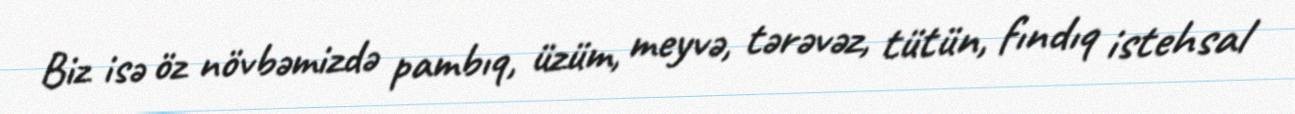
Biz isə öz növbəmizdə pambıq, üzüm, meyvə, tərəvəz, tütün, fındıq istehsal